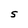
Character: S